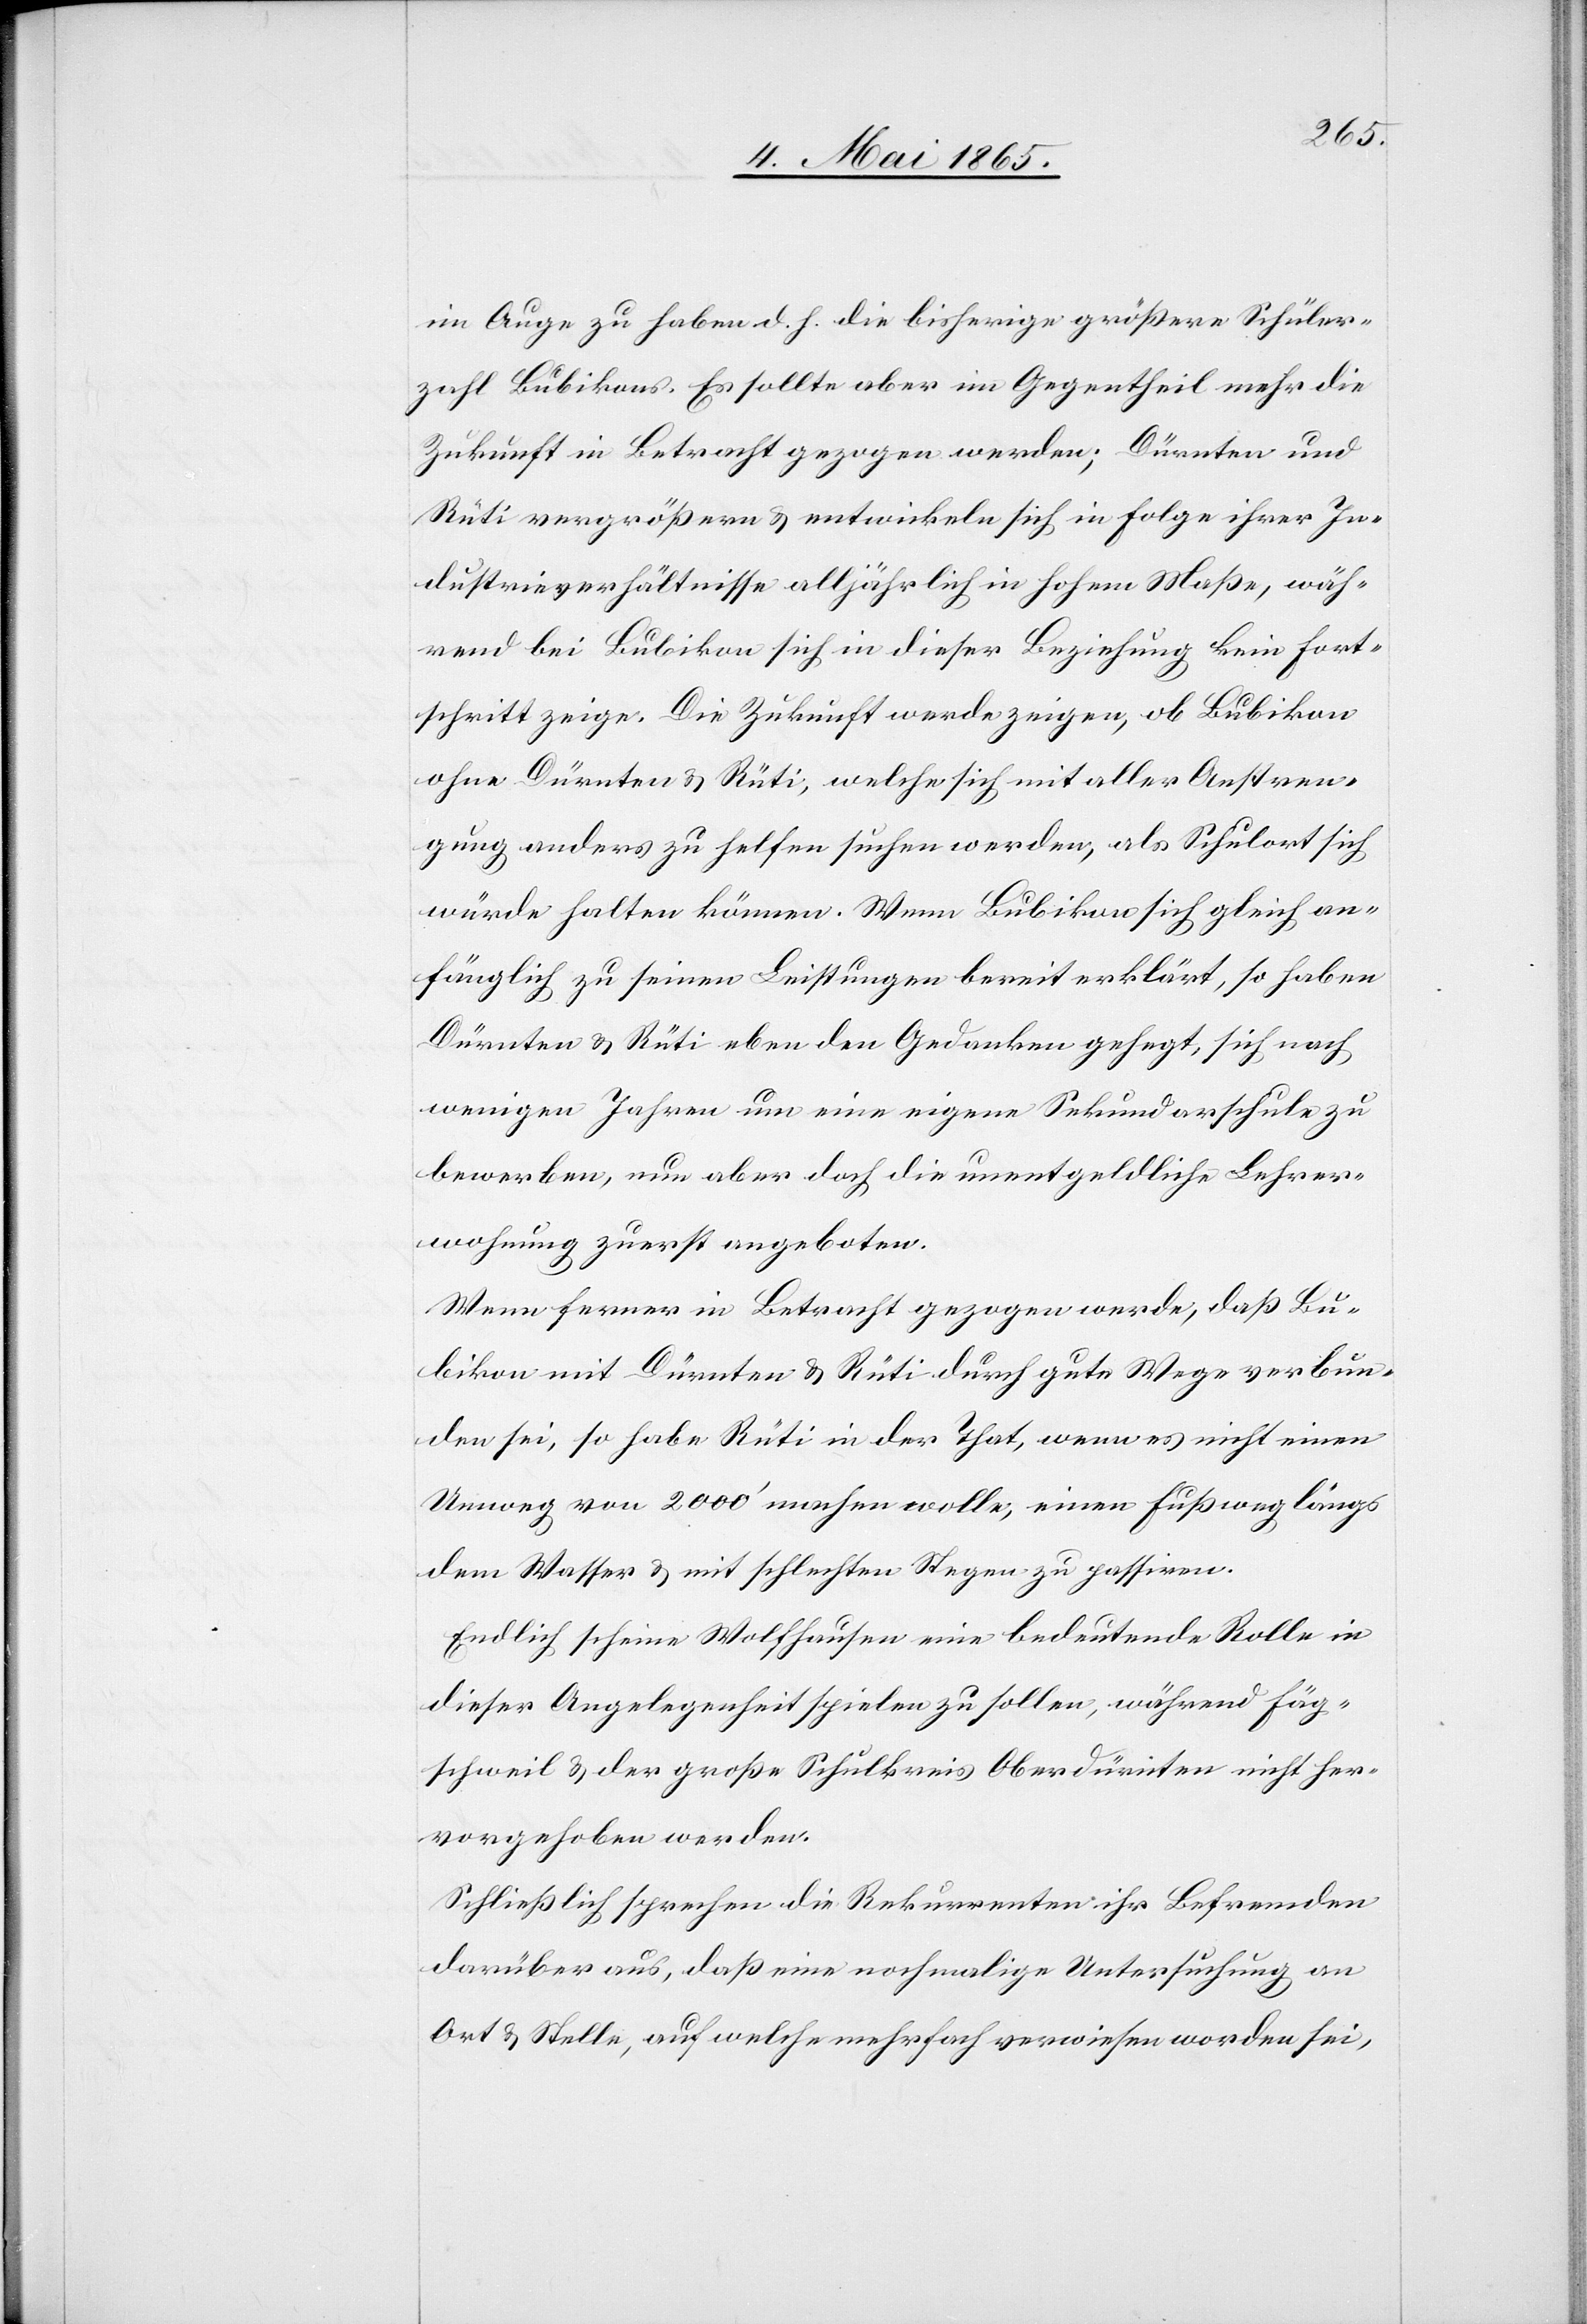
im Auge zu haben d. h. die bisherige größere Schüler¬
zahl Bubikons. Es sollte aber im Gegentheil mehr die
Zukunft in Betracht gezogen werden; Dürnten und
Rüti vergrößern & entwickeln sich in Folge ihrer In¬
dustrieverhältnisse alljährlich in hohem Maße, wäh¬
rend bei Bubikon sich in dieser Beziehung kein Fort¬
schritt zeige. Die Zukunft werde zeigen, ob Bubikon
ohne Dürnten & Rüti, welche sich mit aller Anstren¬
gung anders zu helfen suchen werden, als Schulort sich
würde halten können. Wenn Bubikon sich gleich an¬
fänglich zu seinen Leistungen bereit erklärt, so haben
Dürnten & Rüti eben den Gedanken gehegt, sich nach
wenigen Jahren um eine eigene Sekundarschule zu
bewerben, nun aber doch die unentgeldliche Lehrer¬
wohnung zuerst angeboten.
Wenn ferner in Betracht gezogen werde, daß Bu¬
bikon mit Dürnten & Rüti durch gute Wege verbun¬
den sei, so habe Rüti in der That, wenn es nicht einen
Umweg von 2000’ machen wolle, einen Fußweg längs
dem Wasser & mit schlechten Stegen zu passiren.
Endlich scheine Wolfhausen eine bedeutende Rolle in
dieser Angelegenheit spielen zu sollen, während Fäg¬
schweil & der große Schulkreis Oberdürnten nicht her¬
vorgehoben werden.
Schließlich sprechen die Rekurrenten ihr Befremden
darüber aus, daß eine nochmalige Untersuchung an
Ort & Stelle, auf welche mehrfach verwiesen worden sei,